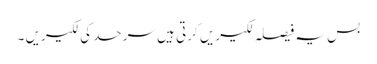
بس یہ فیصلہ لکیریں کرتی ہیں سرحد کی لکیریں ۔